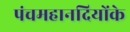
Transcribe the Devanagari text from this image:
पंचमहानदियोंके